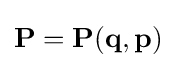
{\textstyle \mathbf {P} =\mathbf {P} (\mathbf {q} ,\mathbf {p} )}